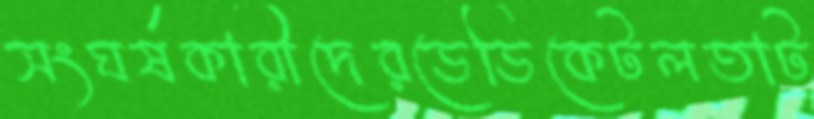
সংঘর্ষকারীদেরডেডিকেটলতাট